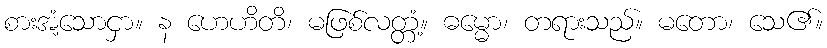
စားအံ့သောငှာ။ န ဟေဟိတိ၊ မဖြစ်လတ္တံ့။ ဓမ္မော၊ တရားသည်။ မတော၊ သေ၏။